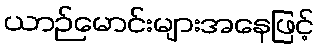
ယာဉ်မောင်းများအနေဖြင့်